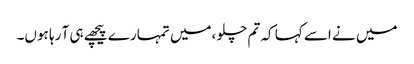
میں نے اسے کہا کہ تم چلو ،میں تمہارے پیچھے ہی آ رہا ہوں۔